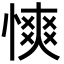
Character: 慡